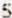
5